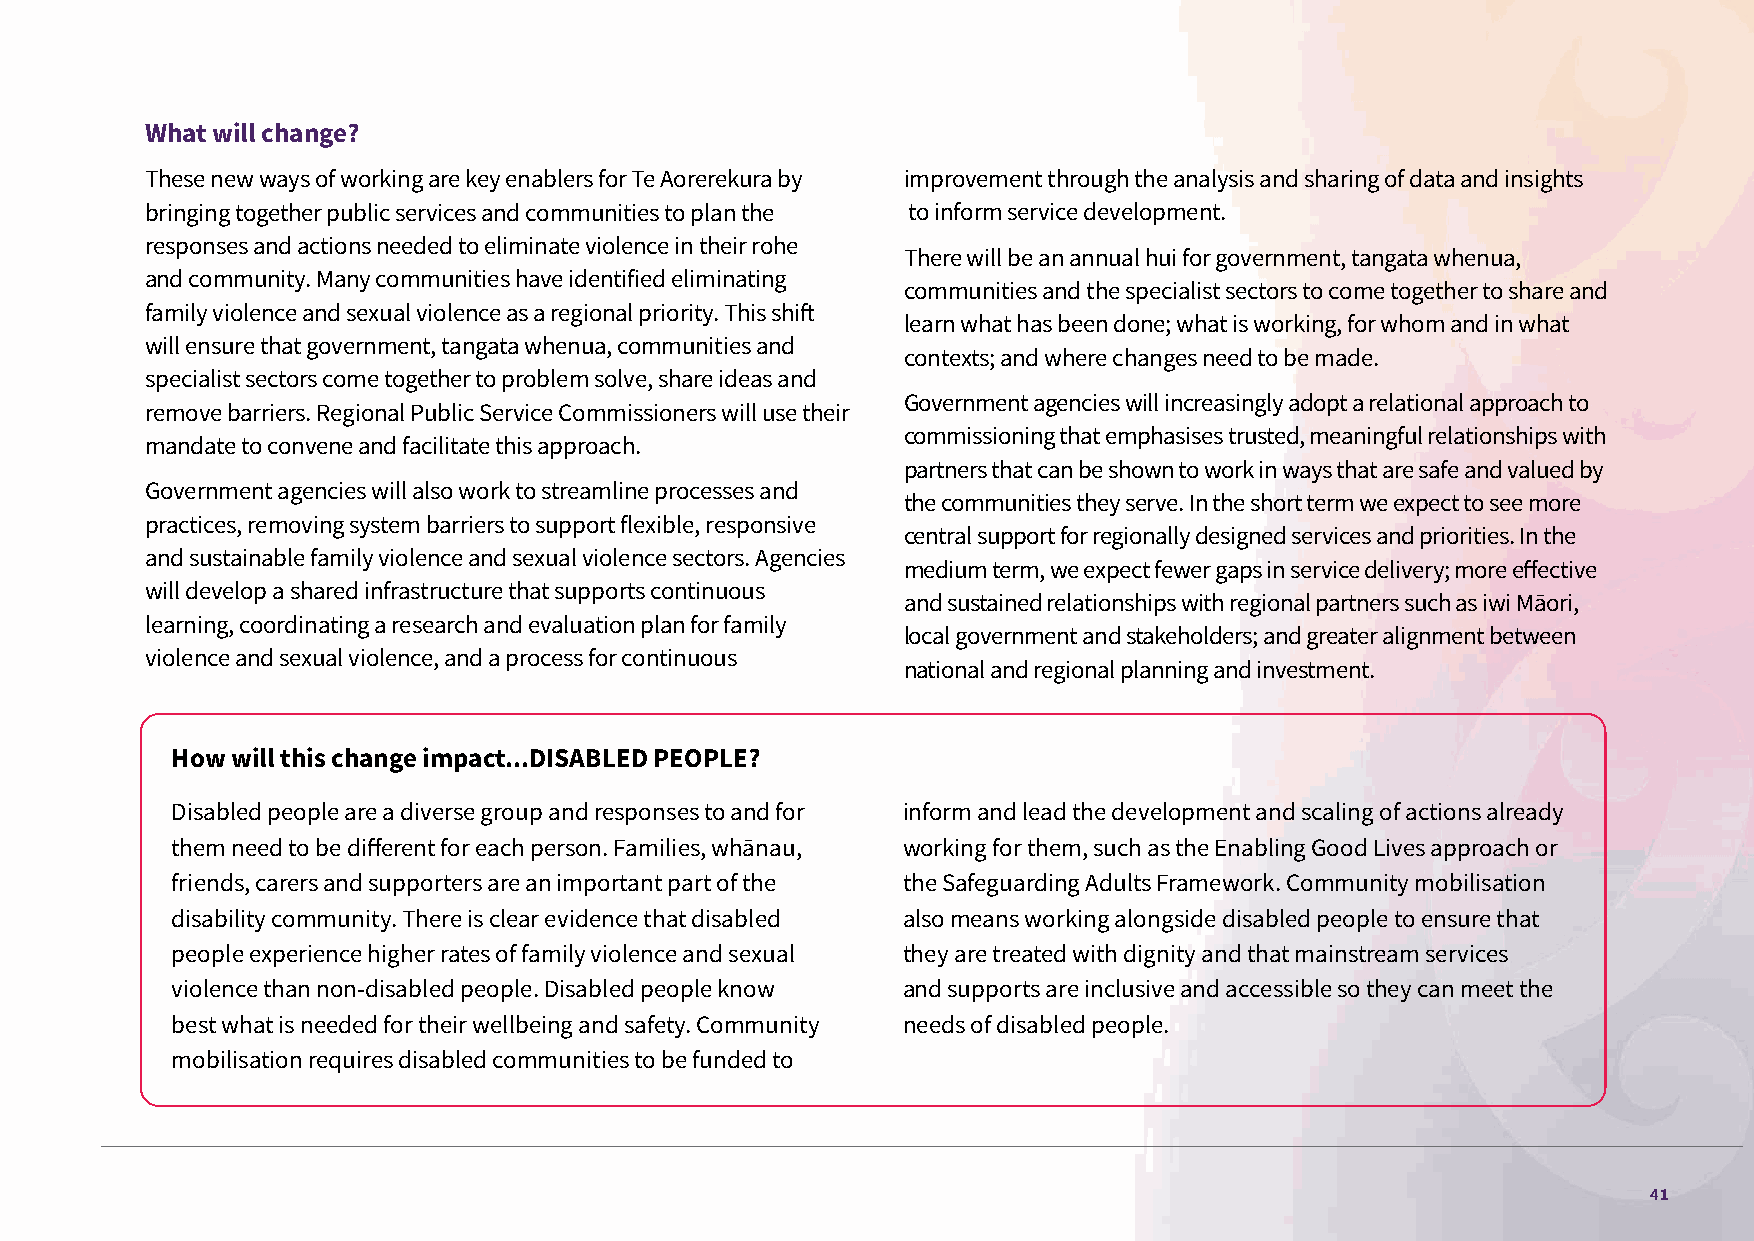
What will change?
 These new ways of working are key enablers for Te Aorerekura by improvement through the analysis and sharing of data and insights
 bringing together public services and communities to plan the to inform service development.
 responses and actions needed to eliminate violence in their rohe
 There will be an annual hui for government, tangata whenua,
 and community. Many communities have identified eliminating
 communities and the specialist sectors to come together to share and
 family violence and sexual violence as a regional priority. This shift
 learn what has been done; what is working, for whom and in what
 will ensure that government, tangata whenua, communities and
 contexts; and where changes need to be made.
 specialist sectors come together to problem solve, share ideas and
 Government agencies will increasingly adopt a relational approach to
 remove barriers. Regional Public Service Commissioners will use their
 commissioning that emphasises trusted, meaningful relationships with
 mandate to convene and facilitate this approach.
 partners that can be shown to work in ways that are safe and valued by
 Government agencies will also work to streamline processes and
 the communities they serve. In the short term we expect to see more
 practices, removing system barriers to support flexible, responsive
 central support for regionally designed services and priorities. In the
 and sustainable family violence and sexual violence sectors. Agencies
 medium term, we expect fewer gaps in service delivery; more effective
 will develop a shared infrastructure that supports continuous
 and sustained relationships with regional partners such as iwi Māori,
 learning, coordinating a research and evaluation plan for family
 local government and stakeholders; and greater alignment between
 violence and sexual violence, and a process for continuous
 national and regional planning and investment.
 How will this change impact...DISABLED PEOPLE?
 Disabled people are a diverse group and responses to and for inform and lead the development and scaling of actions already
 them need to be different for each person. Families, whānau, working for them, such as the Enabling Good Lives approach or
 friends, carers and supporters are an important part of the the Safeguarding Adults Framework. Community mobilisation
 disability community. There is clear evidence that disabled also means working alongside disabled people to ensure that
 people experience higher rates of family violence and sexual they are treated with dignity and that mainstream services
 violence than non-disabled people. Disabled people know and supports are inclusive and accessible so they can meet the
 best what is needed for their wellbeing and safety. Community needs of disabled people.
 mobilisation requires disabled communities to be funded to
 41